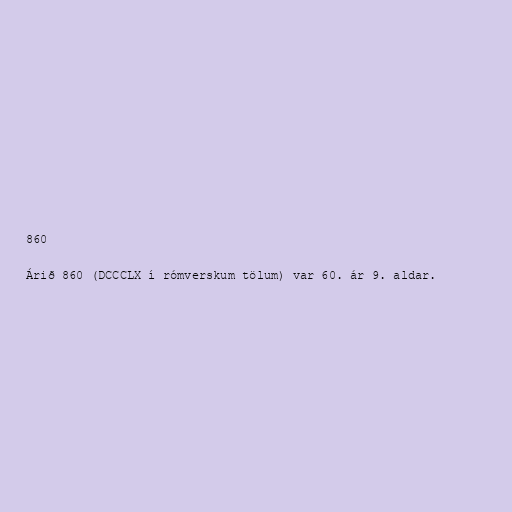
860

Árið 860 (DCCCLX í rómverskum tölum) var 60. ár 9. aldar.